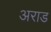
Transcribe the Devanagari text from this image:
अराड